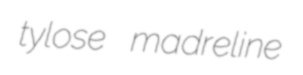
tylose madreline